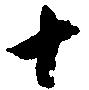
十